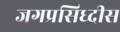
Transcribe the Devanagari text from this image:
जगप्रसिध्दीस